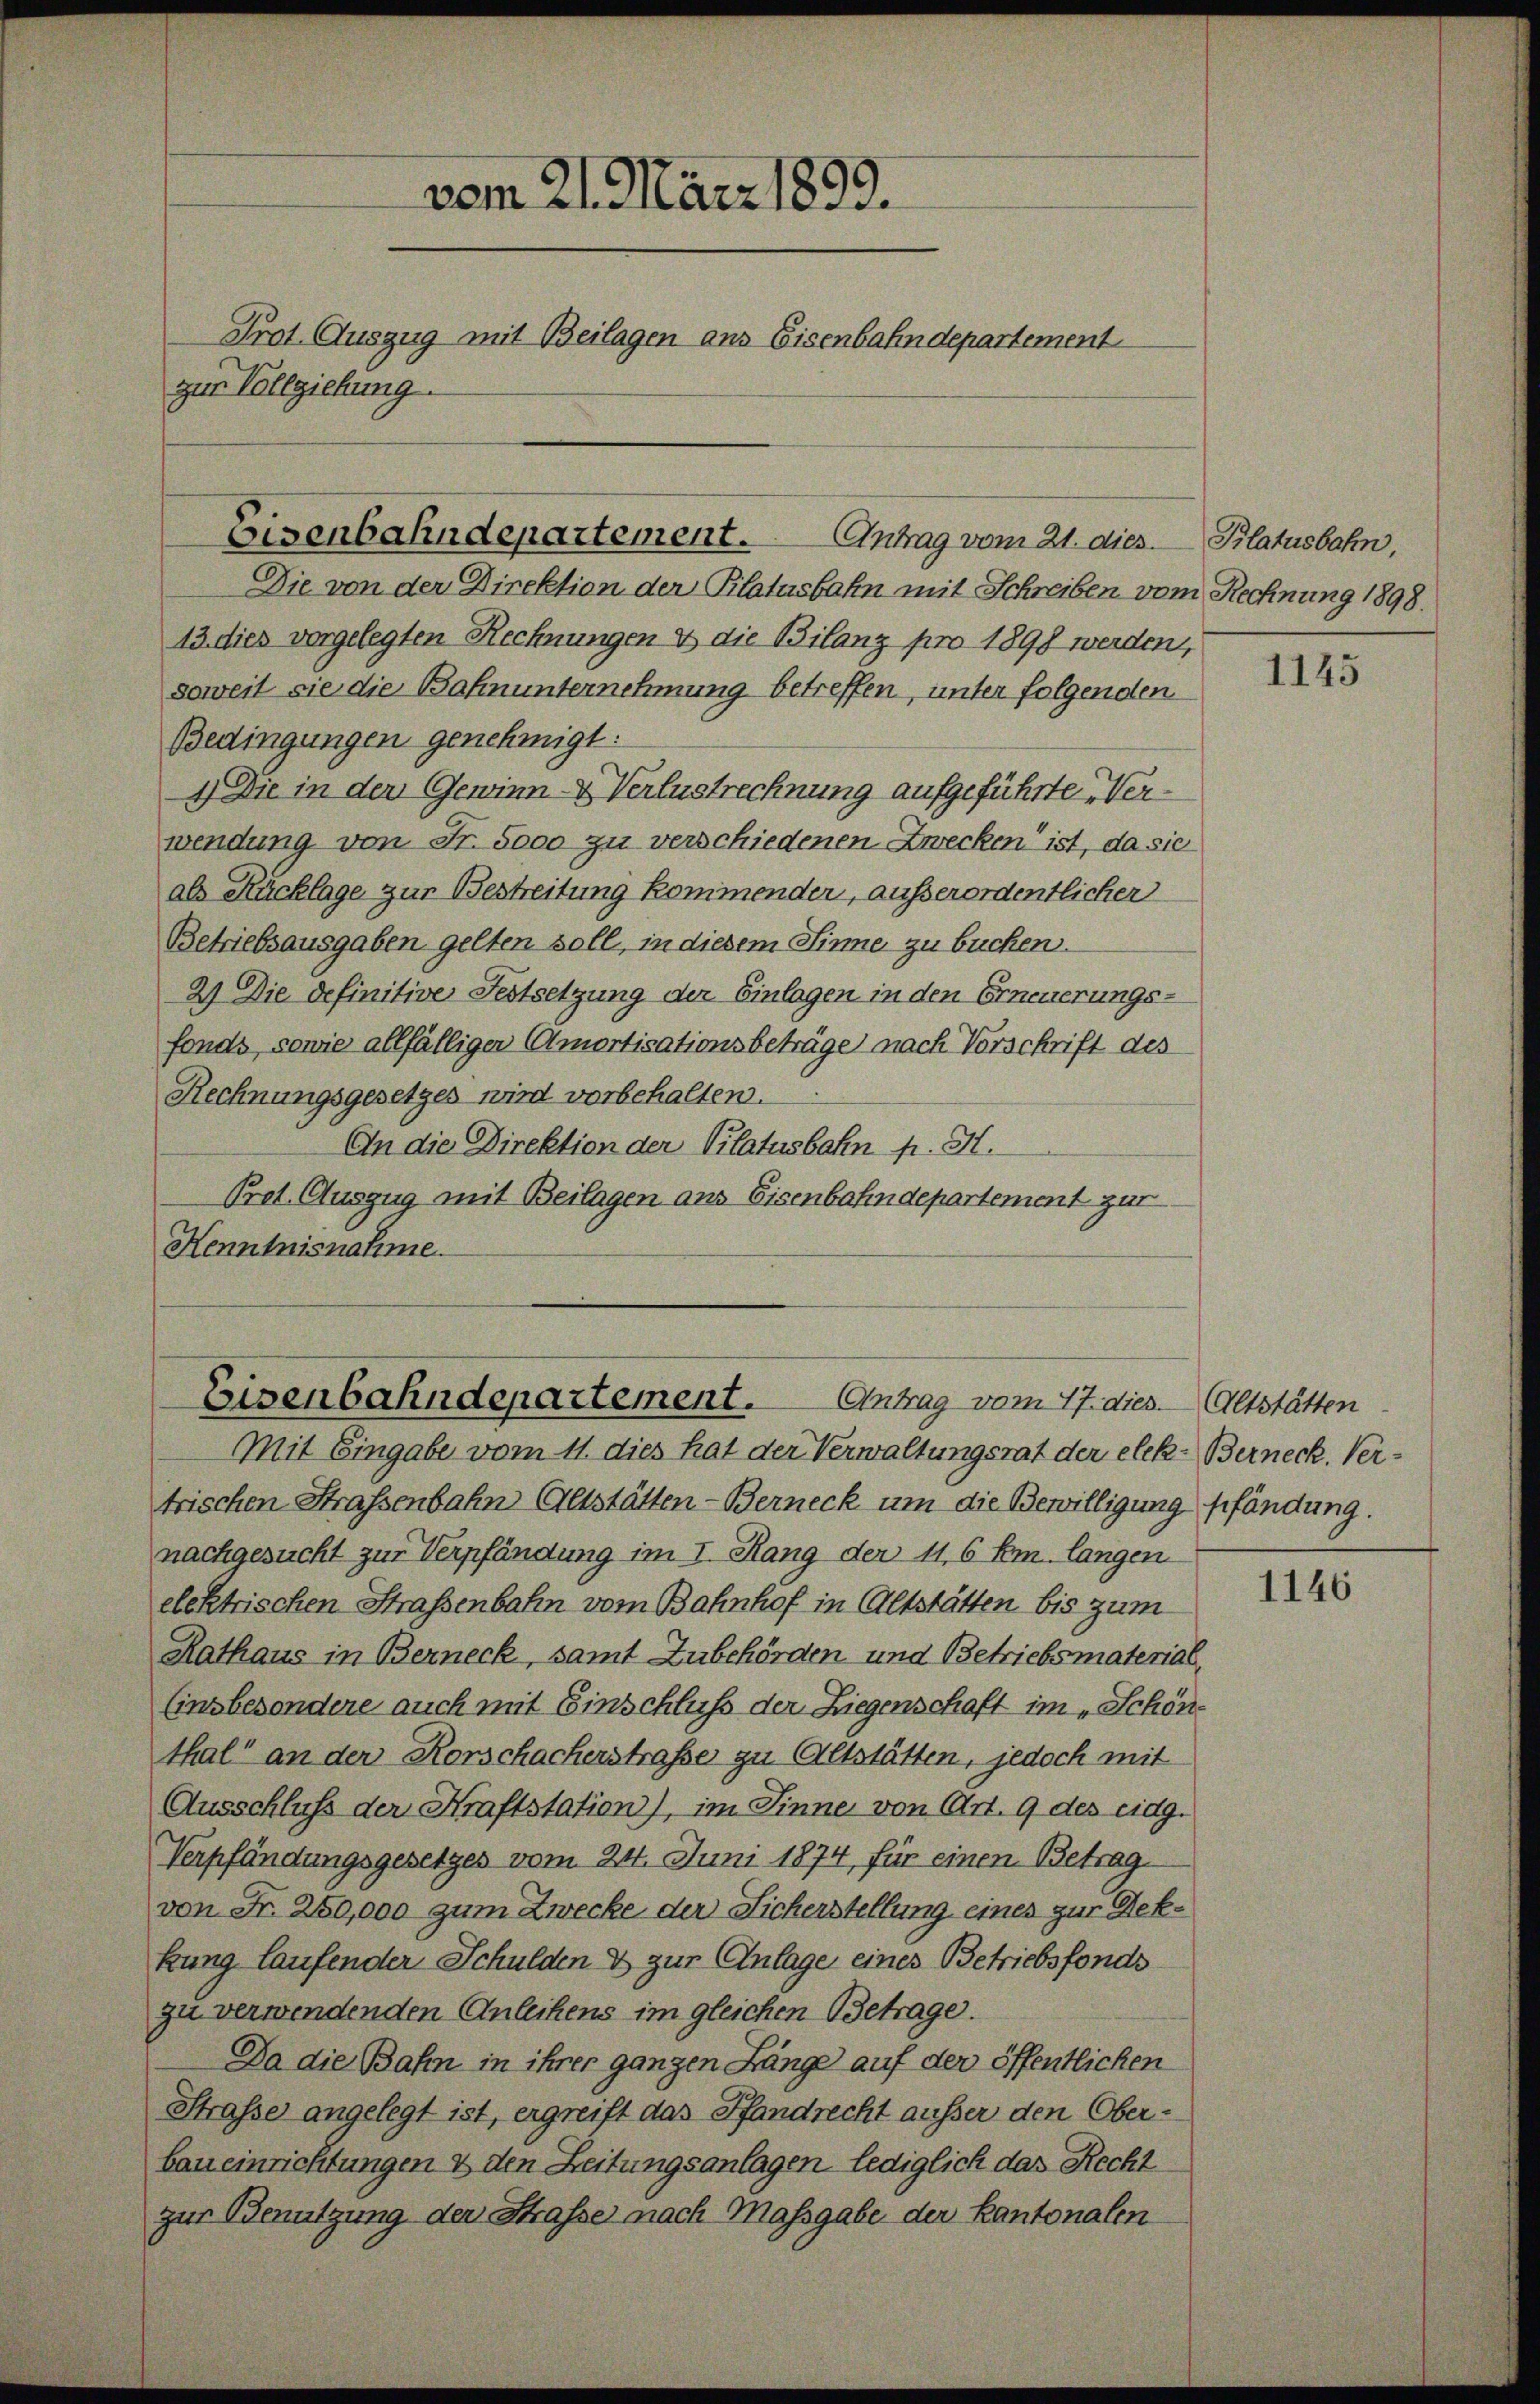
13. dies vorgelegten Rechnungen & die Bilanz pro 1898 werden,
soweit sie die Bahnunternehmung betreffen, unter folgenden
Bedingungen genehmigt:
4.) Die in den Gewinn- & Verlustrechnung aufgeführte Verwendung von Fr. Sooo zu verschiedenen Zwecken ist, da sie
als Rücklage zur Bestreitung kommender, ausserordentlicher
Betriebsausgaben gelten soll, in diesem Sinne zu buchen.
21 Die definitive Festsetzung der Einlagen in den Erneuerungs-
fonds, sowie allfälliger Amortisationsbeträge nach Vorschrift des
Rechnungsgesetzes wird vorbehalten.
An die Direktion der Vilatusbahn p. H.
Prot. Auszug mit Beilagen aus Eisenbahndepartement zur
Henntnisnahme

vom 21. März 1899.
Prot. Auszug mit Beilagen aus Eisenbahndepartement
zur Vollziehung.

Eisenbahndepartement. Antrag vom 21. dies
Die von der Direktion der Platasbahn mit Schreiben vom Rechnung 1898.

Eisenbahndepartement. Antrag vom 17. dies Altstätten

Mit Eingabe vom 11. dies hat der Verwaltungsrat der elek. Berneck. Vertrischen Strassenbahn Altstätten-Berneck um die Bewilligung pfändung.
nachgesucht zur Verpfändung im I. Rang der 11, 6 Em. langen
elektrischen Straßenbahn vom Bahnhof in Altstätten bis zum
Rathaus in Berneck, samt Zubehörden und Betriebsmaterial,
Einsbesondere auch mit Einschluß der Liegenschaft im „Schönthal“ an der Korschacherstrafe zu Altstätten, jedoch mit
Ausschluß der Kraftstation), im Sinne von Art. 9 des eidg.
Verpfändungsgesetzes vom 24. Juni 1874, für einen Betrag
von Fr. 250,000 zum Zwecke der Sicherstellung eines zur Rekkung laufender Schulden & zur Anlage eines Betriebsfonds
zu verwendenden Anleihens im gleichen Betrage.
Da die Bahn in ihrer ganzen Länge auf der öffentlichen
Straße angelegt ist, ergreift das Pfandrecht ausser den Oberbau einrichtungen & den Zeitungsanlagen lediglich das Recht
zur Benutzung den Strasse nach Massgabe der Kantonalen

Platusbahn,

1145

1146